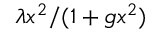
\lambda x ^ { 2 } / ( 1 + g x ^ { 2 } )